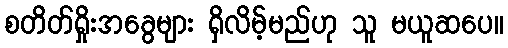
စတိတ်ရှိုးအခွေများ ရှိလိမ့်မည်ဟု သူ မယူဆပေ။